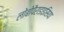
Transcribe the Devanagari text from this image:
लोबोपैराडाइसिया